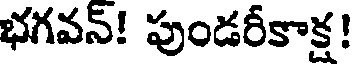
భగవన్! పుండరీకాక్ష!